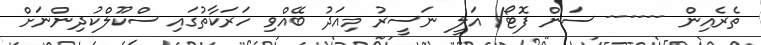
ތެރެއިން ------ ސަން ފޮޓޯ/ އަލީ ނަސީރު މިއަދު ބޭއްވި ހަރަކާތުގައި ސްކޫލްކުދިންނަށް